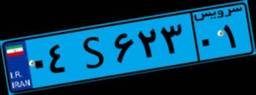
۱۹S۹۲۲۹۲